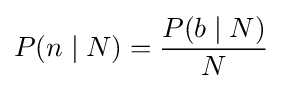
P(n\mid N)={\frac {P(b\mid N)}{N}}